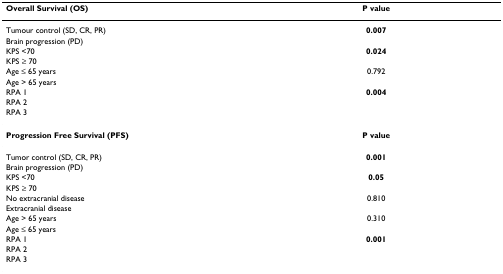
| Overall Survival (OS) | P value |
 | --- | --- |
 | Tumour control (SD, CR, PR) | 0.007 |
 | Brain progression (PD) |  |
 | KPS <70 | 0.024 |
 | KPS ≥ 70 |  |
 | Age ≤ 65 years | 0.792 |
 | Age > 65 years |  |
 | RPA 1 | 0.004 |
 | RPA 2 |  |
 | RPA 3 |  |
 | Progression Free Survival (PFS) | P value |
 | Tumor control (SD, CR, PR) | 0.001 |
 | Brain progression (PD) |  |
 | KPS <70 | 0.05 |
 | KPS ≥ 70 |  |
 | No extracranial disease | 0.810 |
 | Extracranial disease |  |
 | Age > 65 years | 0.310 |
 | Age ≤ 65 years |  |
 | RPA 1 | 0.001 |
 | RPA 2 |  |
 | RPA 3 |  |